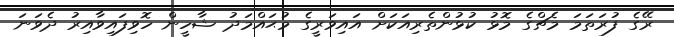
ރޭގެ ފުރަތަމަ މެޗްގެ މޮޅު ކުޅުންތެރިއަކަށް އައިވަރީގެ މުޙައްމަދު ޝާހީން ހޮވިފައިވާއިރު ދެވަނަ